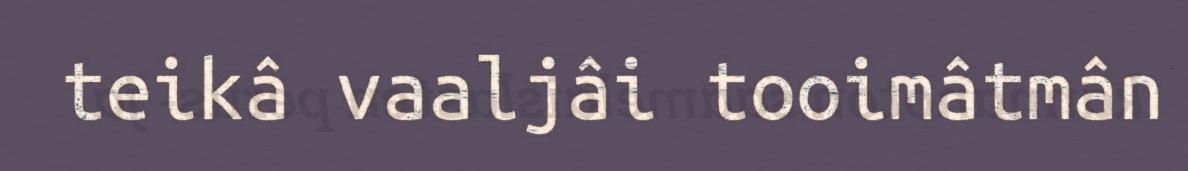
teikâ vaaljâi tooimâtmân